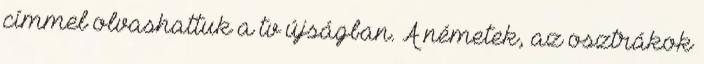
címmel olvashattuk a tv újságban. A németek, az osztrákok